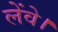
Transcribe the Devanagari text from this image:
लेंवे।